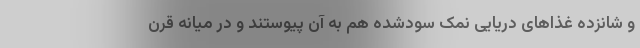
و شانزده غذاهای دریایی نمک سودشده هم به آن پیوستند و در میانه قرن